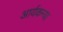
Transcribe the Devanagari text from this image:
आर्यकन्या